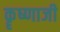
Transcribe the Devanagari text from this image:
कॄष्‍णाजी